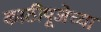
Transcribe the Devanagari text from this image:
काठीपूजेच्या